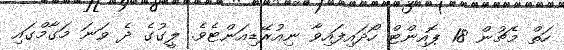
ހަތް މެޗުން 18 ޕޮއިންޓް ހޯދައިފައިވާ ނިއުރޭޑިއަންޓެވެ. ލީގުގެ ދެ ވަނަ މަގާމްގައި